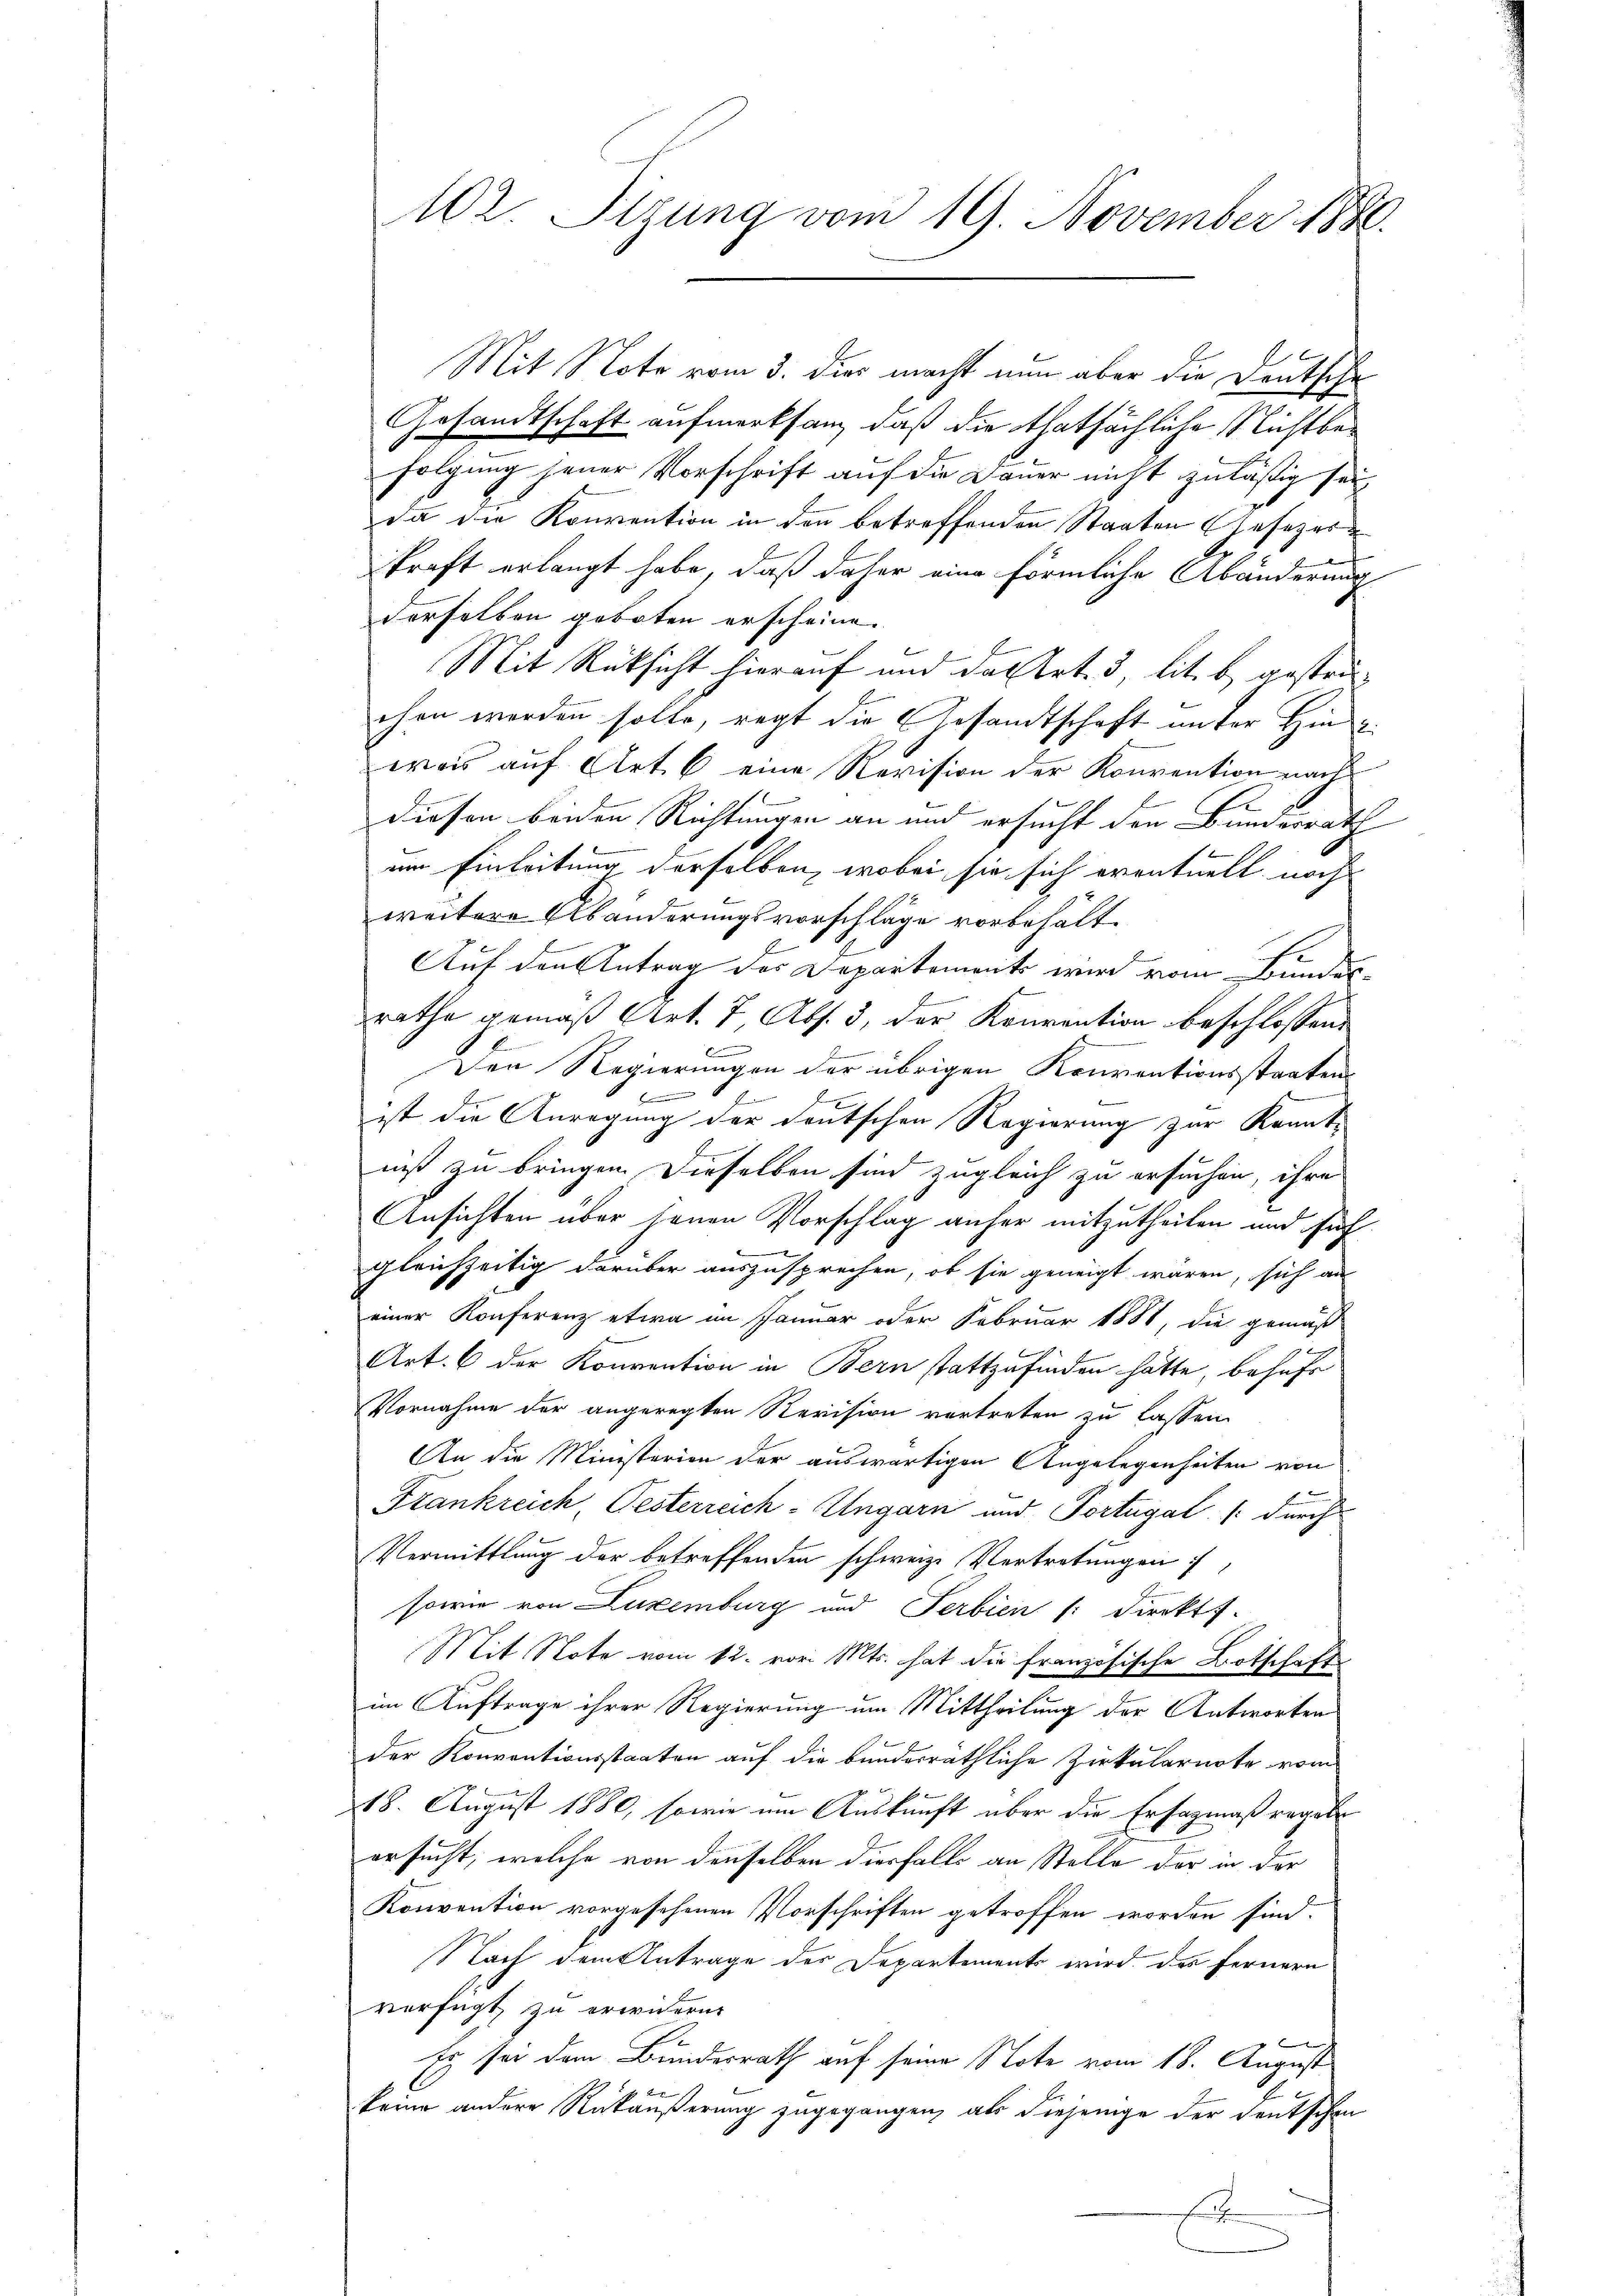
102 Stzung vom 19. November 1888.

Mit Note vom 3. dies macht nun aber die Deutsche
Gesandtschaft aufmerksam, daß die thatsächliche Nichtbefolgung jener Vorschrift auf die Dauer nicht zuläßig sei
da die Konvention in den betreffenden Staaten Gesezes
d
kraft erlangt habe, daß daher eine förmliche Abänderung
derselben geboten erscheine.
 f
Mit Rüksicht hierauf um das Art. 3 lit. b gestraehen werden solle, regt die Gesandtschaft unter Hinde
was auf Art. 6 eine Revision der Konvention nach
E
diesen beiden Richtungen an und ersucht den Bunderrath
em Einleitung derselben, wobei sie sich eventuell noch
weitere Abänderungsvorschläge vorbehält.
Auf den Antrag der Departements wird vom Bundes-
rathe gemäß Art. 7, Abs. 3, der Konvention beschlossen:
Der Regierungen der übrigen Reuventionsstaaten
.
l
ist die Anregung der deutschen Regierung zur Kennt-
niß zu bringen. Dieselben sind zugleich zu ersuchen, ihre
Ansichten über jenen Vorschlag anher mitzutheilen und fuh
e
gleichzeitig darüber auszusprechen, ob sie geneigt wären, sich an
einer Konferenz etwa im Januar oder Februar 1881, die gemäß
Art. 6 der Konvention in Bern stattzufinden hätte, behufe
Vornahme der angeregten Revision vertreten zu lassen.
An die Ministerion der auswärtigen Angelegenheiten von
Frankreich, Pesterreich-Ungarn und Portugal (: durch
Vermittlung der betreffenden schweize Vertretungen,
sowie von Luxenburg und Serbien (: Direkt
Mit Note vom 12. vor. Mts. hat die französische Botschaft
im Auftrage ihrer Regierung um Mittheilung der Antworten
der Konventionsstaaten auf die bundesräthliche Zirkularnote vom
18. August 1880, sowie um Auskunft über die Ersagmaßregebe
ersucht, welche von denselben diesfalls an Stelle der in der
Konvention vorgesehenen Vorschriften getroffen worden sind.
Nach dem Antrage des Departements wird des Fernern
verfügt, zu erwidern.
Es sei dem Bundesrath auf seine Note vom 18. August
keine andere Rückäußerung zugegangen, als diejenige der deutschen
En